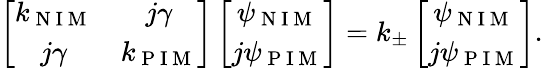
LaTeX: \left[\begin{array}{cc}{k_{\mathrm{~N~I~M~}}}&{j\gamma}\\ {j\gamma}&{k_{\mathrm{~P~I~M~}}}\end{array}\right]\left[\begin{array}{cc}{\psi_{\mathrm{~N~I~M~}}}\\ {j\psi_{\mathrm{~P~I~M~}}}\end{array}\right]=k_{\pm}\left[\begin{array}{cc}{\psi_{\mathrm{~N~I~M~}}}\\ {j\psi_{\mathrm{~P~I~M~}}}\end{array}\right].